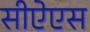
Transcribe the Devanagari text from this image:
सीऐएस